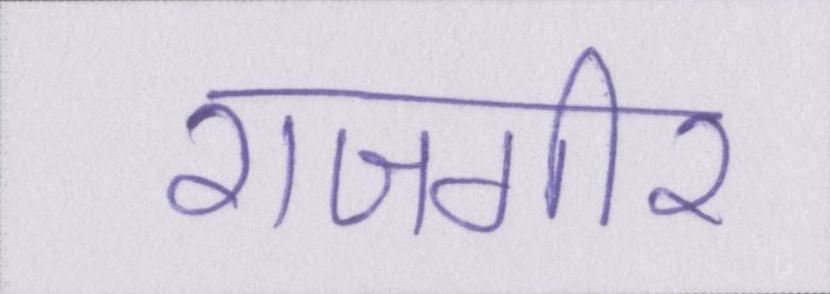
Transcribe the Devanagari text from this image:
राजगीर